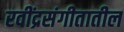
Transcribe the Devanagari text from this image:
रवींद्रसंगीतातील